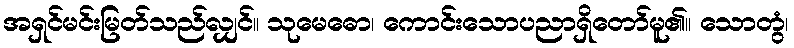
အရှင်မင်းမြတ်သည်လျှင်။ သုမေဓော၊ ကောင်းသောပညာရှိတော်မူ၏။ သောတွံ၊